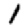
Digit: 1